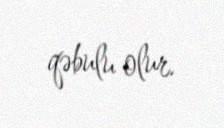
qəbulu olur.